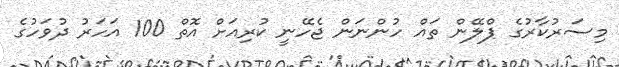
މިސަރުކާރުގެ ޕްލޭން ތައް ހުންނަން ޖެހޭނީ ކުރިއަށް އޮތް 100 އަހަރު ދުވަހުގެ